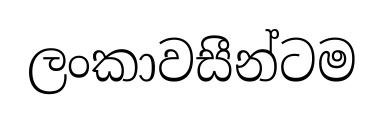
ලංකාවසීන්ටම